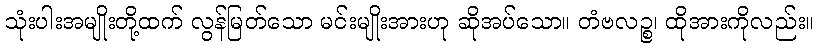
သုံးပါးအမျိုးတို့ထက် လွန်မြတ်သော မင်းမျိုးအားဟု ဆိုအပ်သော။ တံဗလဉ္စ၊ ထိုအားကိုလည်း။